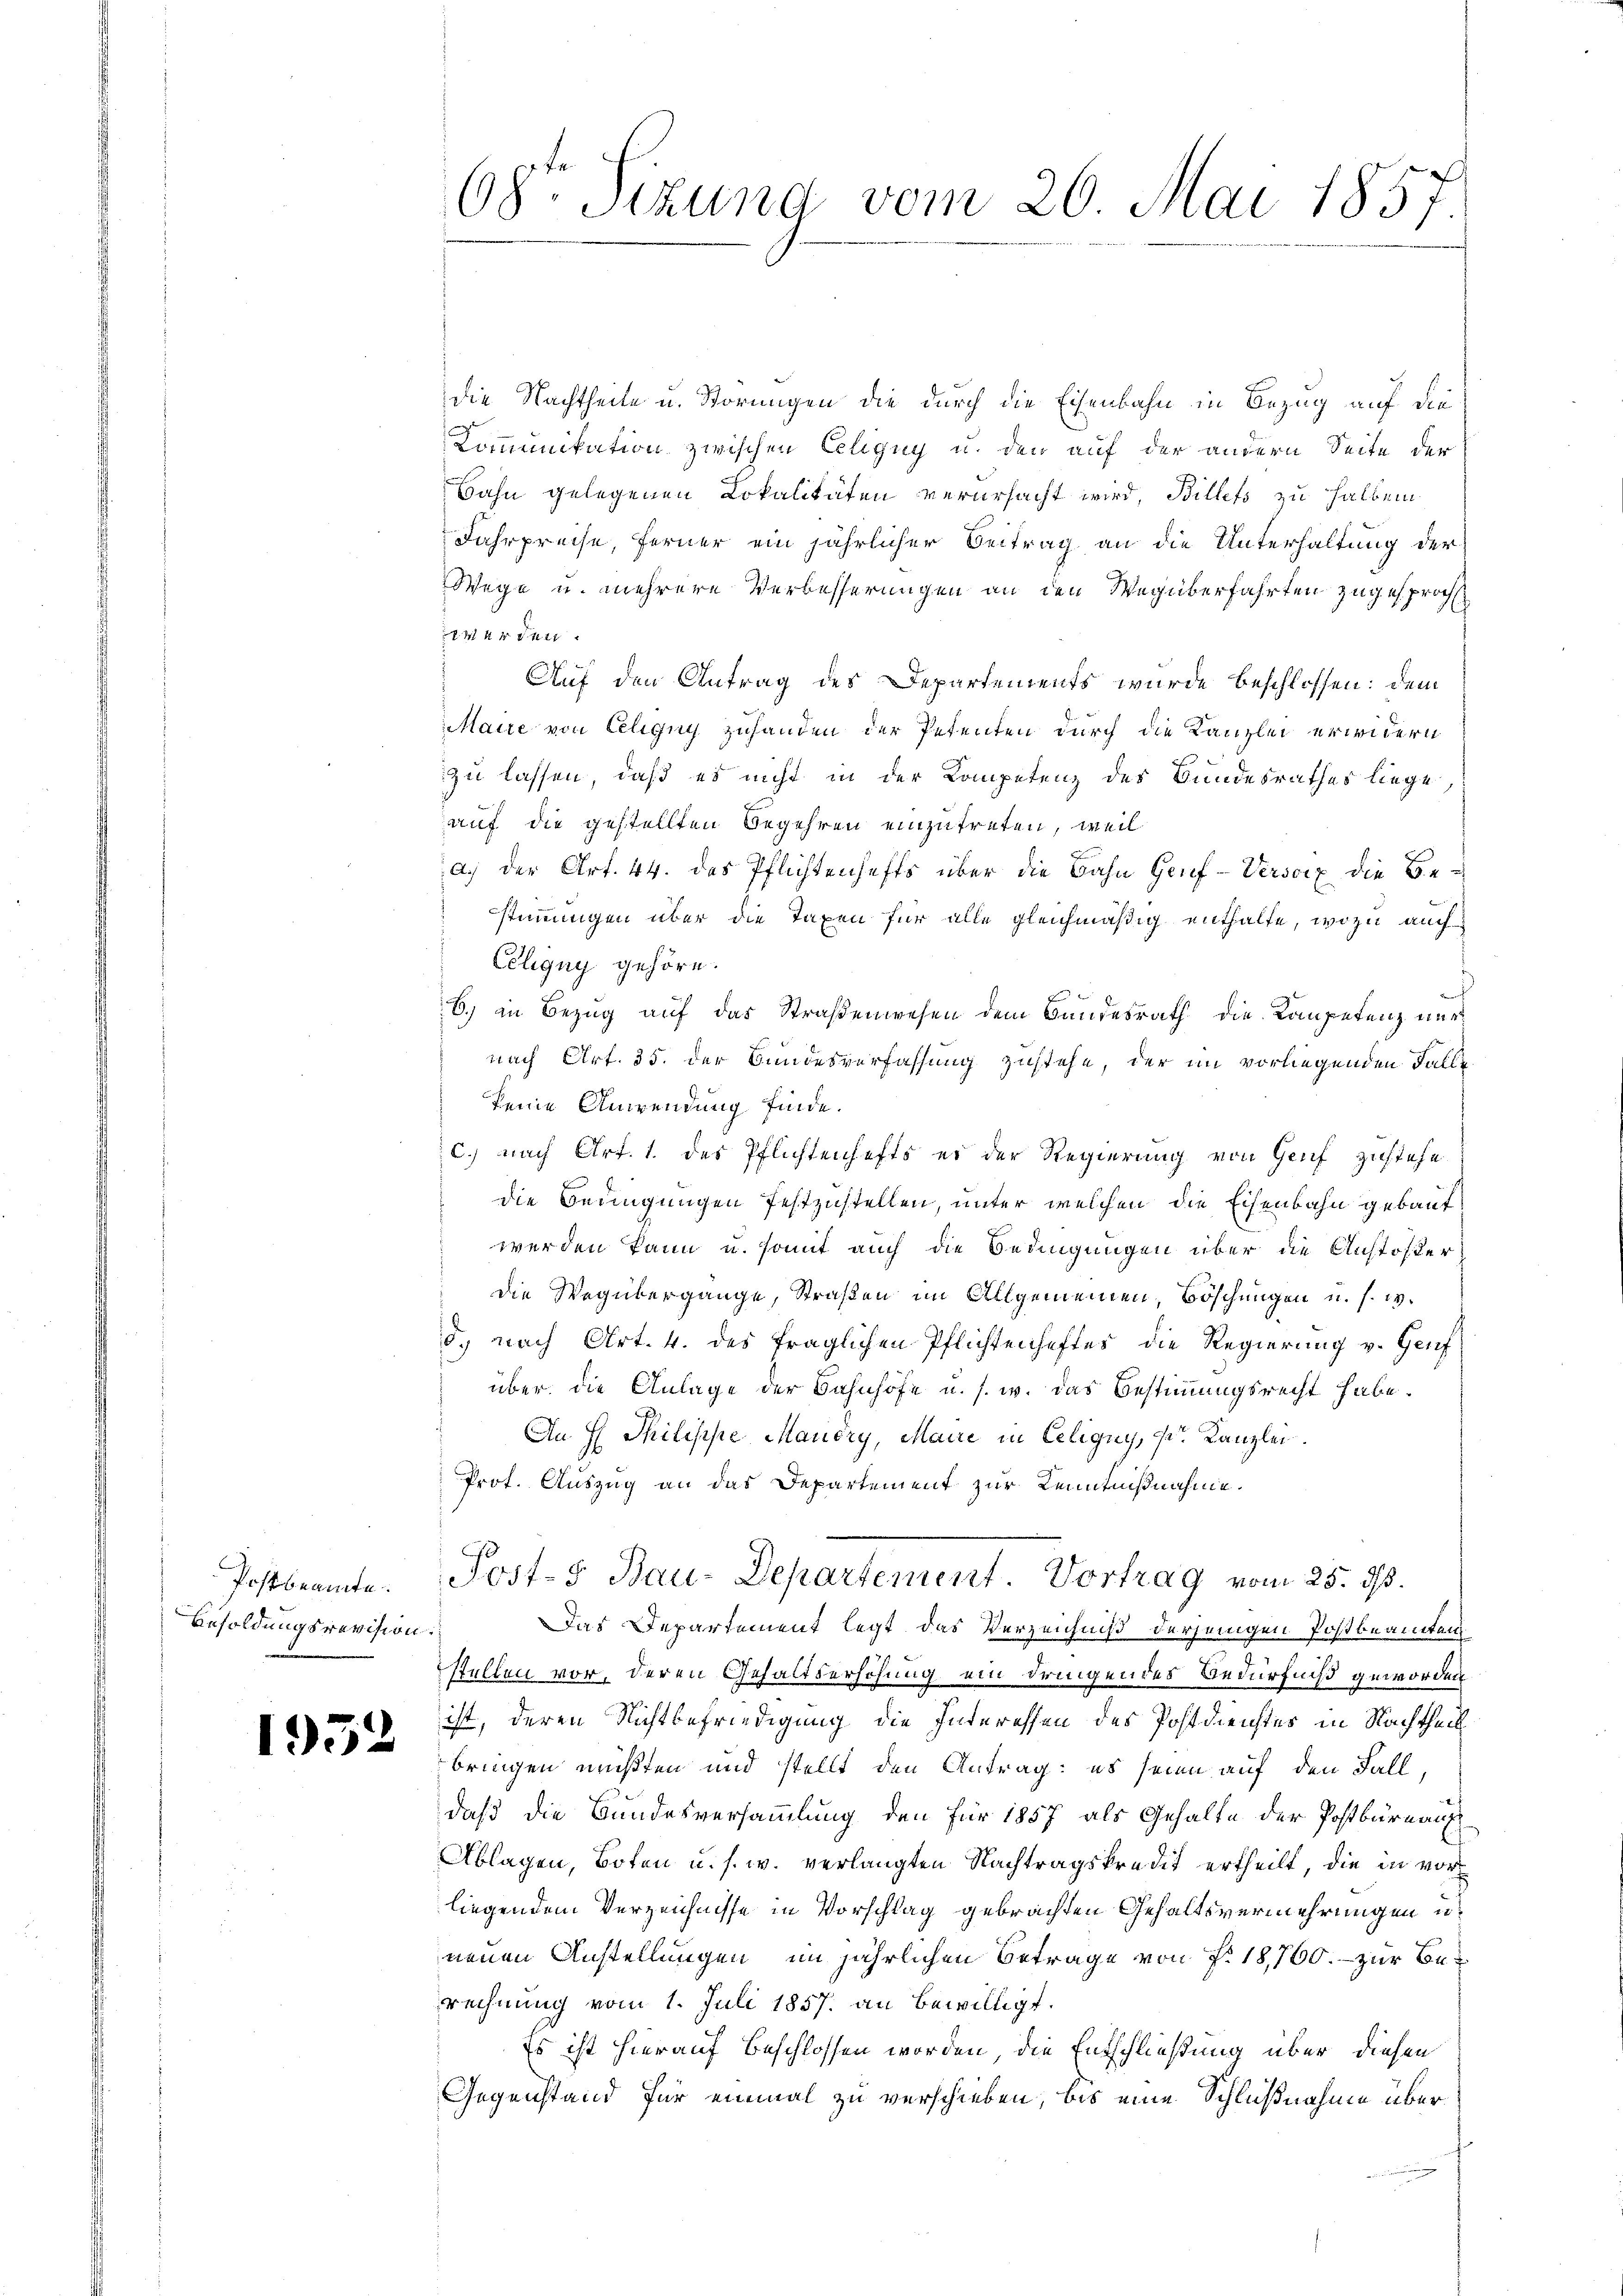
Postbeamte.
Besoldungsrevision.

1932

68te Sizung vom 26. Mai 185

die Nachtheile u. Störungen die durch die Eisenbahn in Bezug auf die
Kommunikation zwischen Eeligny u. den auf der andern Seite der
Bahn gelegenen Lokalitäten verursacht wird, Billets zu halben
Fahrpreise, ferner ein jährlicher Beitrag an die Unterhaltung der
Wege u. mehrere Verbesserungen an den Wegüberfahrten zugesproche
erden.
Auf den Antrag des Departements wurde beschlossen: dem
Maire von Eeligny zuhanden der Petenten durch die Kanzlei erwidern
zu lassen, daß es nicht in der Kompetenz des Bundesrathes liege
auf die gestellten Begehren einzutreten, weil
a.) der Art. 44. das Pflichtenhefts über die Bahn Genf -Versatz die Bestimmungen über die Taxen für alle gleichmäßig enthalte, wozu auch
Eeligny gehöre.
6.) in Bezug auf das Straßenwesen dem Bundesrath die Kompetenz aus
nach Art. 35. der Bundesverfassung zustehe, der im vorliegenden Falle
keine Anwendung finde.
c.) nach Art. 1. des Pflichtenhefts er der Regierung von Genf zustehe
die Bedingungen festzustellen, unter welchen die Eisenbahn gebaut.
werden kann u. somit auch die Bedingungen über die Anstößerdie Wegübergange, Straßen im Allgemeinen, Böschungen u. s. w.
d.) nach Art. 4. des fraglichen Pflichtenhaftes die Regierung v. Genf
über die Anlage der Bahnhofe u. s. w. das Bestimmungsrecht habe.
An H. Philische Mauery, Maire in Eelignys, P. Kanzlei.
Prot. Auszug an das Departement zur Kenntnißnahme.
Post- & Bau-Departement. Vortrag vom 25. ds.
Das Departement legt das Verzeichniß derjenigen Postbeamten
stellen vor, deren Gehaltserhöhung ein dringendes Bedürfniß geworden
ist, deren Nichtbefriedigung die Interessen des Postdienstes in Nachtheil
bringen müßten und stellt den Antrag: es seien auf den Fall,
daß die Bundesversammlung den für 1857 als Gehalte der Postbürnau
Ablagen, Boten u. s. w. verlangten Nachtragskredit ertheilt, die in vor
liegendem Verzeichnisse in Vorschlag gebrachten Gehaltsvermehrungen u.
neuen Anstellungen im jährlichen Betrage von f. 18,760. zur Berechnung vom 1. Juli 1857. an bewilligt.
Es ist hierauf beschlossen worden, die Entschließung über diesen
Gegenstand für einmal zu verschieben, bis eine Schlußnahme über